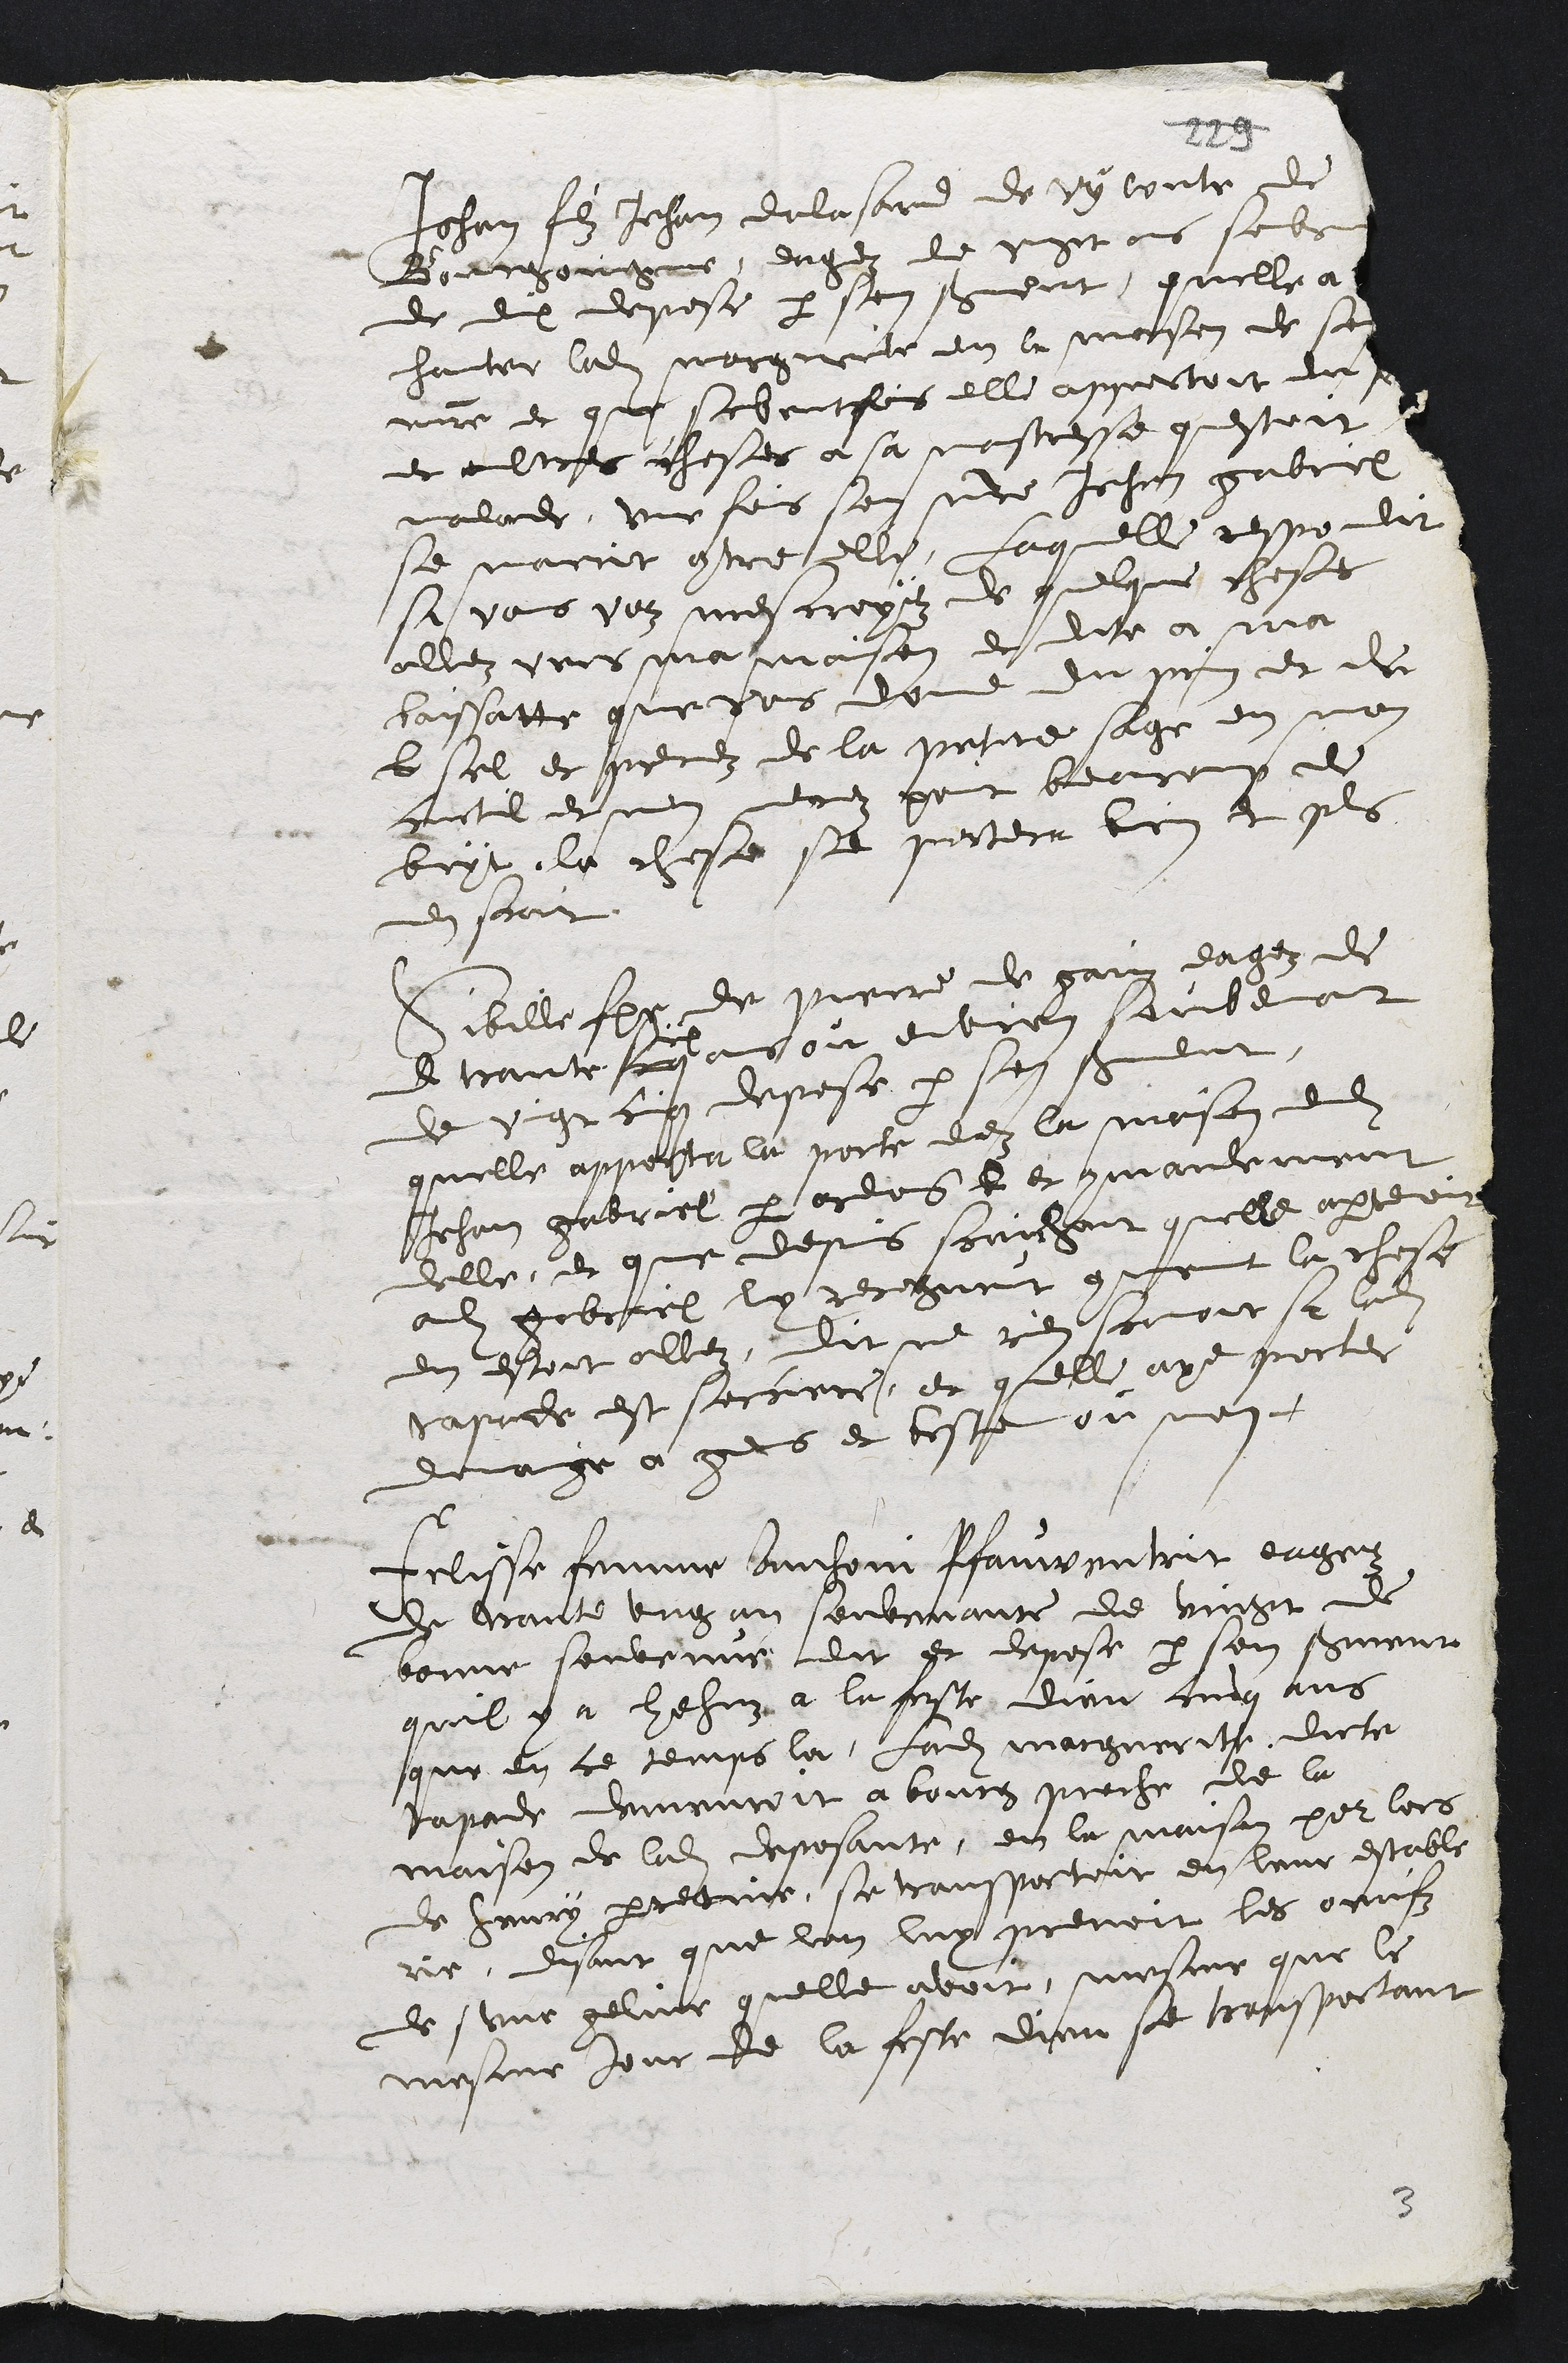
Jehan filz Jehan dalasard de Vy conte de
Bourgoingene, eagéz de uyt ans sebs
de dix depose par son serment, quelle a
chanter ladite Marguerte en la moison de se
maitre et que sebentfois elle apportoit du
et aultres choses a sa mostresse questoit
malade, une fois son notre Jehan gabrel
se marrit contre elle, Laquelle respondit
si vous voz mescroyez de quelque chess
allez vers ma maison et dite a ma
baissatte que pois donne du pen et de
l sel et guerez de la pette sage en non
actil et nen drez pont beauroup de
bryt, la chose se portera bien et pls
en scait
Sibille fem de pierre de gain eagez de
e trante a
il
ans ou envron sombenot
de ugt ciq depose par son sereut.
quelle apporta la porte dez la maison dudit
Jehan gabriel par ordons t et commandemen
telle, et que depuis serichant quelle appttoir
adit gobruel ly recegneut comment la chose
en estoit allez, Dit ne rien savoit sa ladite
taprer est secciece, et quelle aye grocter
demaige a gers et beste ou non.
telisse femme banheni Pfauventrit eager
du vante ung an souvenante de vingt de
bonne souvenne dit et depose par son serment
quil y a hehuz a la feste dieu cinq ans
que en ce temps la Ladite marguerite dicte
rapode demeuroit a bouce proche de la
maison de ladite deposante, en la maison pour lors
de Henry perretine, se transsortoit en leur estable
rie, disant que lon luy prenoit les orufz
deune geline quelle avoit, mesme que le
mesme jour de la feste dieu se tremsportant